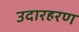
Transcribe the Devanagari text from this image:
उदारहरण